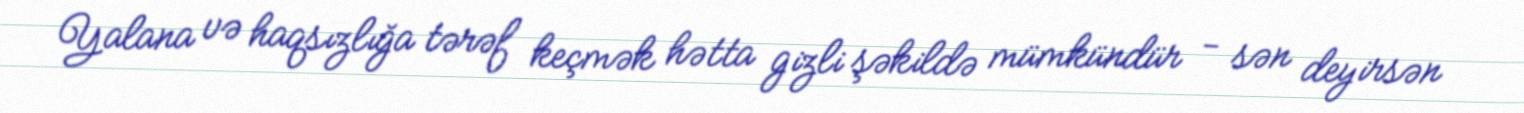
Yalana və haqsızlığa tərəf keçmək hətta gizli şəkildə mümkündür - sən deyirsən